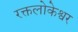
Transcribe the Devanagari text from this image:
रक्तलोकेश्वर